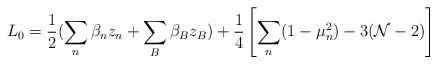
LaTeX: \begin{align*}L_{0} = \frac{1}{2}(\sum_n\beta_n z_n +\sum_B \beta_B z_B)+ \frac{1}{4}\left[\sum_n (1-\mu_n^2) -3 ({\cal N}-2)\right]\end{align*}